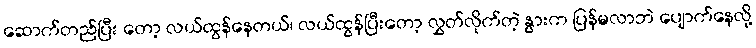
ဆောက်တည်ပြီး တော့ လယ်ထွန်နေတယ်၊ လယ်ထွန်ပြီးတော့ လွှတ်လိုက်တဲ့ နွားက ပြန်မလာဘဲ ပျောက်နေလို့